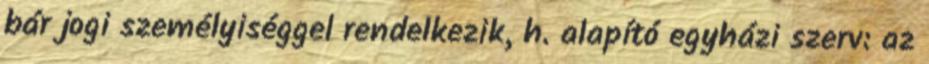
bár jogi személyiséggel rendelkezik, h. alapító egyházi szerv: az